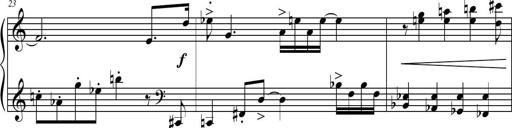
Title: Petite Sonatine
Composer: Richard St. Clair